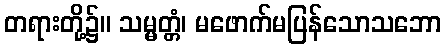
တရားတို့၌။ သမ္မတ္တံ၊ မဖောက်မပြန်သောသဘော